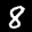
Label: 8